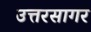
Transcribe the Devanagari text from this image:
उत्तरसागर